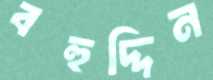
বহুদ্দিন